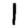
Digit: 1